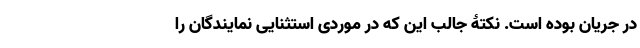
در جریان بوده است. نکتۀ جالب این که در موردی استثنایی نمایندگان را